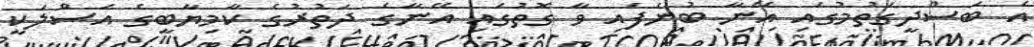
އެ ބަސްދީގަތުމުގައި އޭނާ ބުނެފައި ވާ ގޮތުގައި އޭނާގެ ދަތުރުގެ ކާމިޔާބީގެ އަސްލަކީ